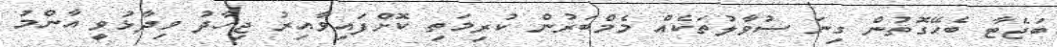
ބަޖެޓާ ބެހޭގޮތުން ގިނަ ސުވާލުތަކެއް މެމްބަރުން ކުރިމަތި ކޮށްފައިވާއިރު ޖިހާދު ވިދާޅުވީ އާންމު